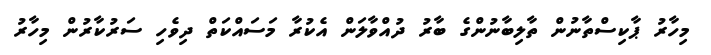
މިހާރު ޕާކިސްތާނުން ތާލިބާނުންގެ ބާރު ދުއްވާލަން އެކުރާ މަސައްކަތް ދިވެހި ސަރުކާރުން މިހާރު